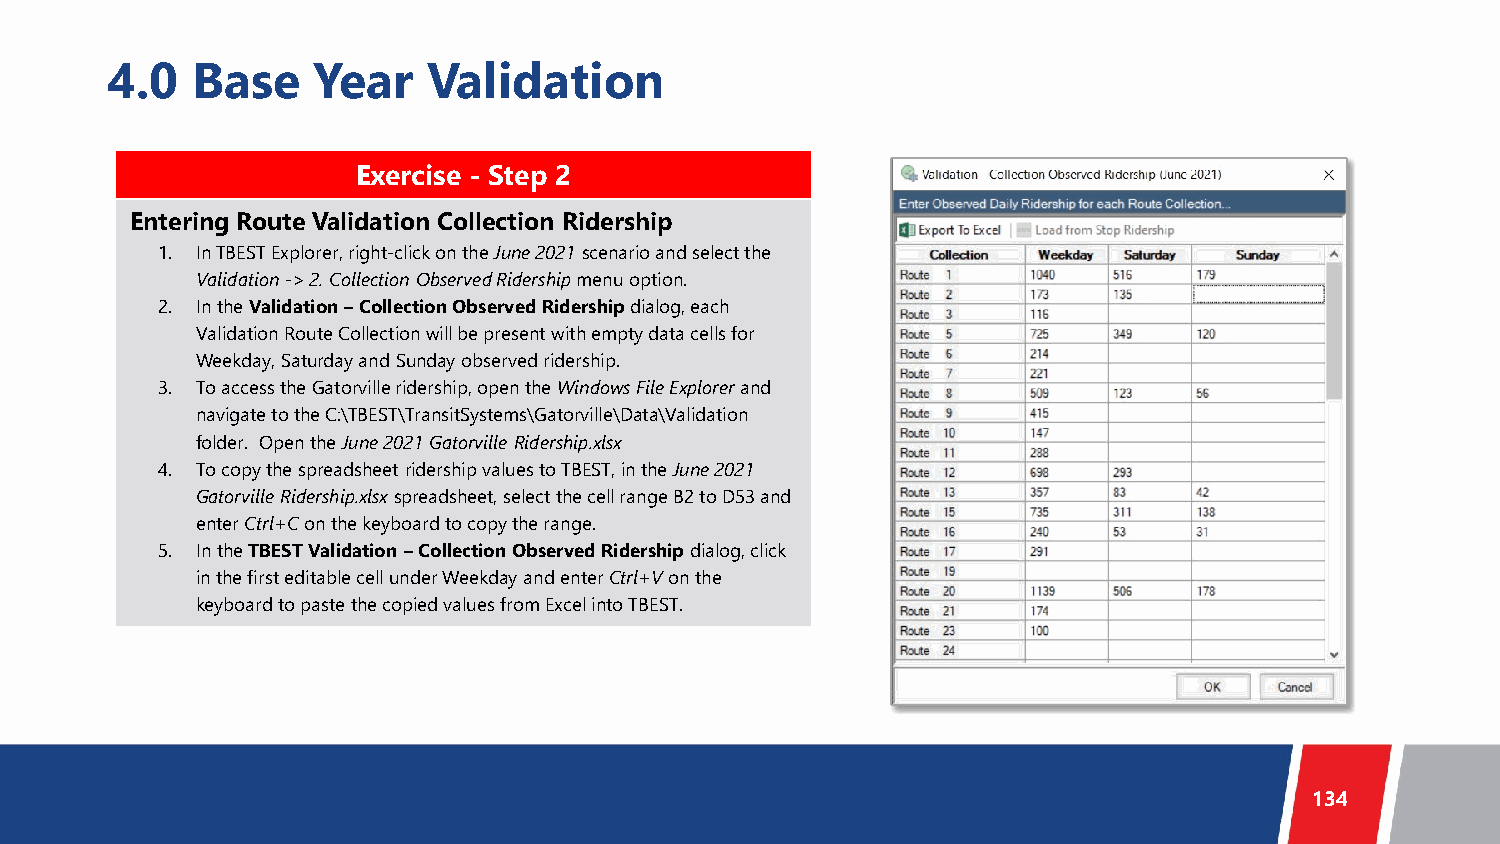
4.0   Base    Year   Validation
 Exercise - Step 2
 Entering Route Validation Collection Ridership
 1. In TBEST Explorer, right-click on the June 2021 scenario and select the
 Validation -> 2. Collection Observed Ridership menu option.
 2. In the Validation –Collection Observed Ridership dialog, each
 Validation Route Collection will be present with empty data cells for
 Weekday, Saturday and Sunday observed ridership.
 3. To access the Gatorvilleridership, open the Windows File Explorer and
 navigate to the C:\TBEST\TransitSystems\Gatorville\Data\Validation
 folder. Open the June 2021 GatorvilleRidership.xlsx
 4. To copy the spreadsheet ridership values to TBEST, in the June 2021
 GatorvilleRidership.xlsx spreadsheet, select the cell range B2 to D53 and
 enter Ctrl+Con the keyboard to copy the range.
 5. In the TBEST Validation –Collection Observed Ridership dialog, click
 in the first editable cell under Weekday and enter Ctrl+Von the
 keyboard to paste the copied values from Excel into TBEST.
 134